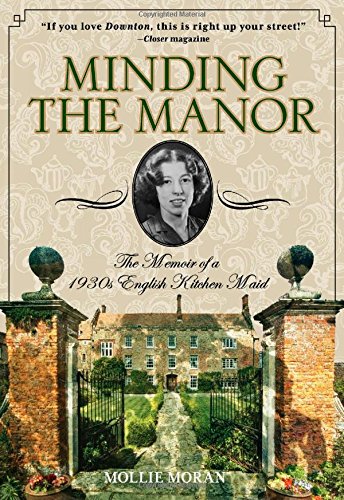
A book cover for Minding the Manor: The Memoir Of A 1930S English Kitchen Maid; Mollie Moran; Cookbooks, Food & Wine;